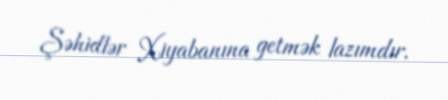
Şəhidlər Xiyabanına getmək lazımdır.